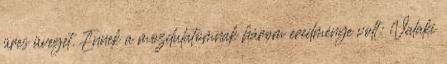
üres üveget. Ennek a mozdulatomnak három eredménye volt: Valaki